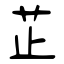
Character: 芷